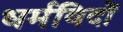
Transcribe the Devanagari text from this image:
धर्मविदों